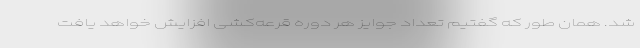
شد. همان طور که گفتیم تعداد جوایز هر دوره قرعه‌کشی افزایش خواهد یافت